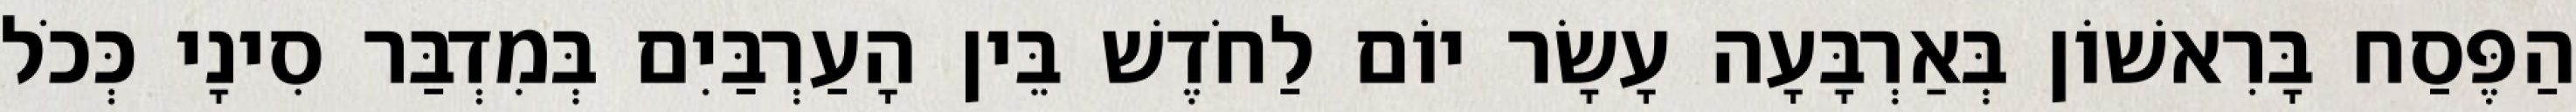
הַפֶּסַח בָּרִאשׁוֹן בְּאַרְבָּעָה עָשָׂר יוֹם לַחֹדֶשׁ בֵּין הָעַרְבַּיִם בְּמִדְבַּר סִינָי כְּכֹל